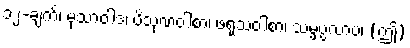
၁၂-ချက်၊ မုသာဝါဒ၊ ပိသုဏဝါစာ၊ ဖရုသဝါစာ၊ သမ္ဖပ္ပလာပ၊ (ဤ)